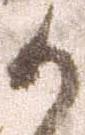
か